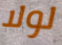
لولا